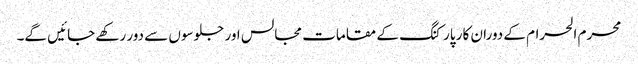
محرم الحرام کے دوران کار پارکنگ کے مقامات مجالس اور جلوسوں سے دور رکھے جائیں گے۔